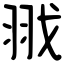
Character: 𦐂